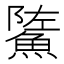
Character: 𩷷